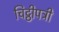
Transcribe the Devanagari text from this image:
चिट्ठीपत्री